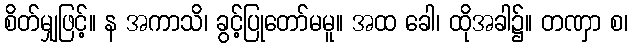
စိတ်မျှဖြင့်။ န အကာသိ၊ ခွင့်ပြုတော်မမူ။ အထ ခေါ၊ ထိုအခါ၌။ တဏှာ စ၊